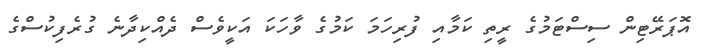
އޮޕަރޭޓިން ސިސްޓަމުގެ ރީތި ކަމާއި ފުރިހަމަ ކަމުގެ ވާހަކަ އަކީވެސް ދެއްކިދާނެ ގުރެފިކުސްގެ